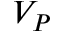
V _ { P }